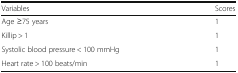
<table><thead><tr><td><b>Variables</b></td><td><b>Scores</b></td></tr></thead><tbody><tr><td>Age ≥75 years</td><td>1</td></tr><tr><td>Killip &gt; 1</td><td>1</td></tr><tr><td>Systolic blood pressure &lt; 100 mmHg</td><td>1</td></tr><tr><td>Heart rate &gt; 100 beats/min</td><td>1</td></tr></tbody></table>